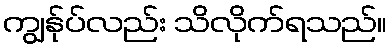
ကျွန်ုပ်လည်း သိလိုက်ရသည်။